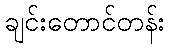
ချင်းတောင်တန်း